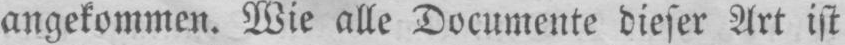
angekommen. Wie alle Documente dieser Art ist